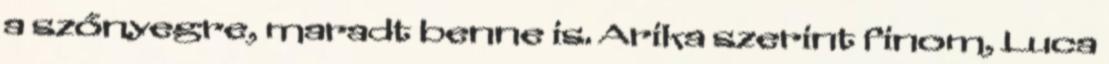
a szőnyegre, maradt benne is. Arika szerint finom, Luca